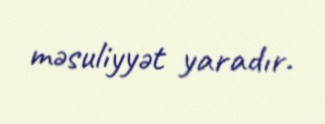
məsuliyyət yaradır.